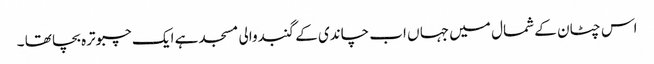
اس چٹان کے شمال میں جہا ں اب چاندی کے گنبدوالی مسجد ہے ایک چبوترہ بچا تھا ۔